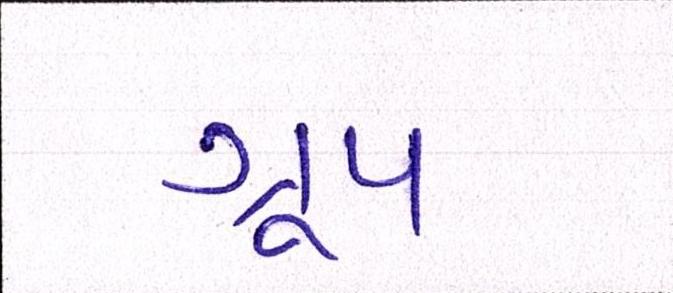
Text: ગ્રૂપ